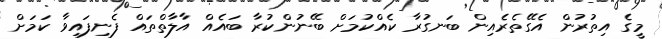
މީގެ އިތުރުން އެގޭތެރެއިން ބަނގުރާ ކެއްކުމަށް ބޭނުންކުރާ ބައެއް އާލާތްތައް ފެނިފައިވާ ކަމަށް